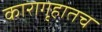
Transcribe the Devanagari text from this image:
कारागृहातच